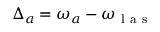
\Delta _ { a } = \omega _ { a } - \omega _ { \mathrm { ~ l ~ a ~ s ~ } }